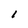
Character: 1